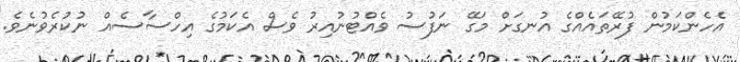
އެހެންކަމުން ފުރޭތައެއްގެ އުނގަށް މަގޭ ނަފުސު ވެއްޓުނުއިރު ވެސް އެކަމުގެ އިހްސާސެއް ނުކުރެވުނެވެ.